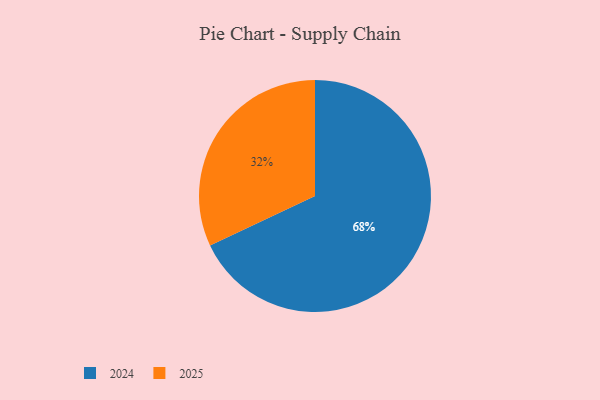
{"axis": {"x": "Category", "y": "Percentage"}, "legend": ["2024", "2025"], "data": [{"x": "2025", "y": 32, "type": "2025"}, {"x": "2024", "y": 68, "type": "2024"}]}